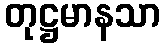
တုဋ္ဌမာနသာ